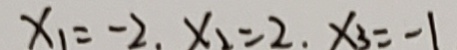
x _ { 1 } = - 2 , x _ { 2 } = 2 , x _ { 3 } = - 1